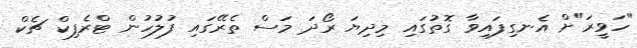
"ހަވީރަ"ށް އެނގިފައިވާ ގޮތުގައި މިދިޔަ ރޯދަ މަސް ތެރޭގައި ފުލުހުން ޓްރެފިކް ޗެކް